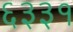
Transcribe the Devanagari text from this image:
६३३१